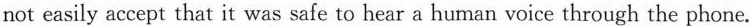
not easily accept that it was safe to hear a human voice through the phone.